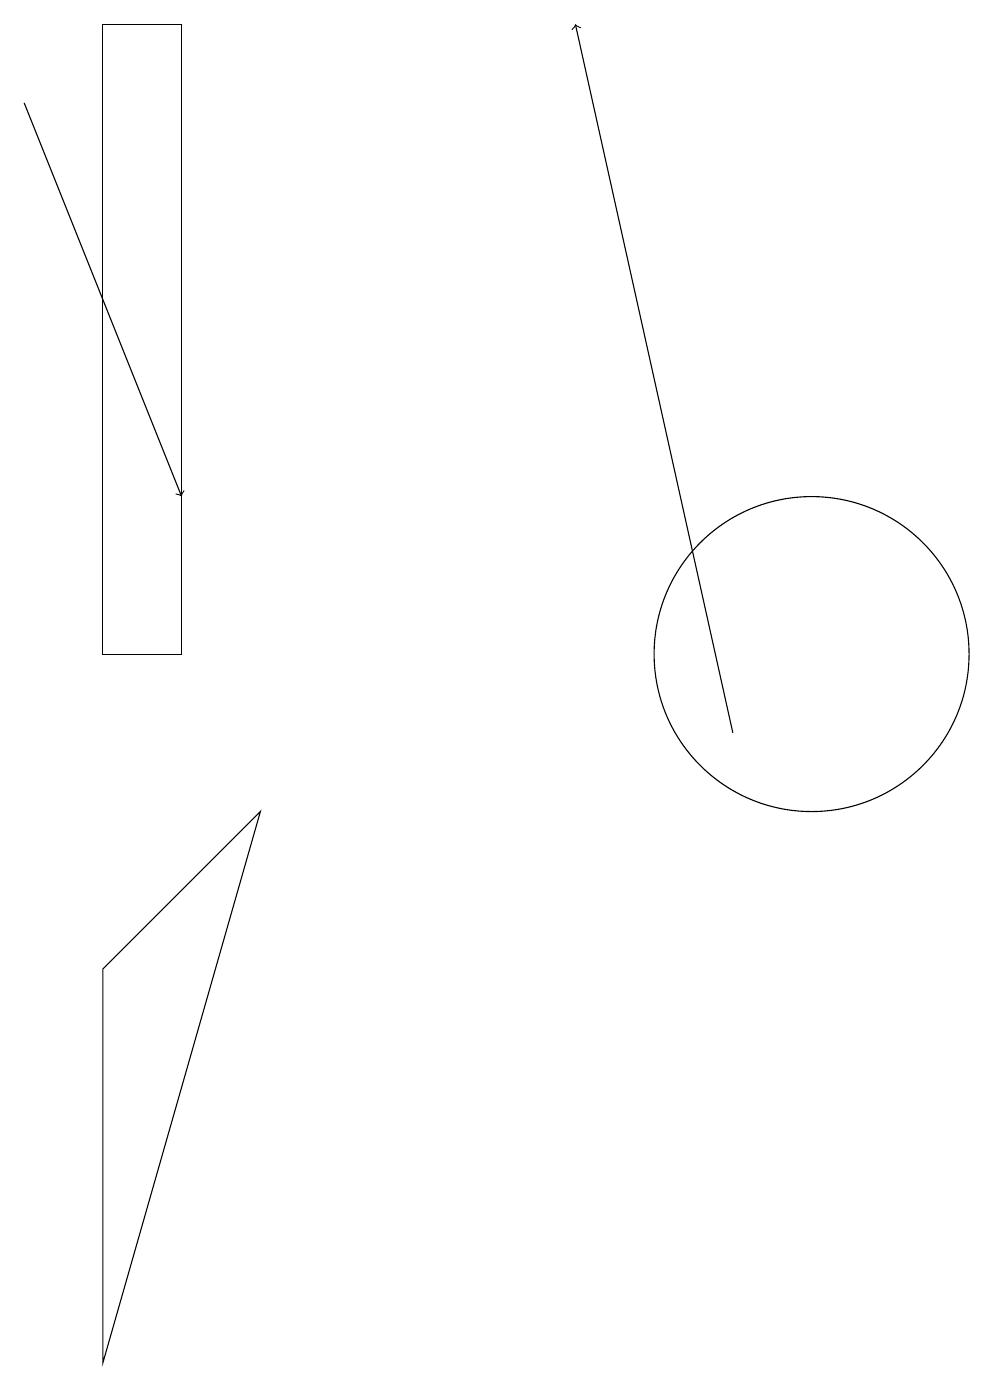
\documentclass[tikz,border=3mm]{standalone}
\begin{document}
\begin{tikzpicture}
\draw[->] (0,18) -- (2,13);
\draw[->] (9,10) -- (7,19);
\draw (1,11) rectangle (2,19);
\draw (1,2) -- (1,7) -- (3,9) -- cycle;
\draw (10,11) circle (2);
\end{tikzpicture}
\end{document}